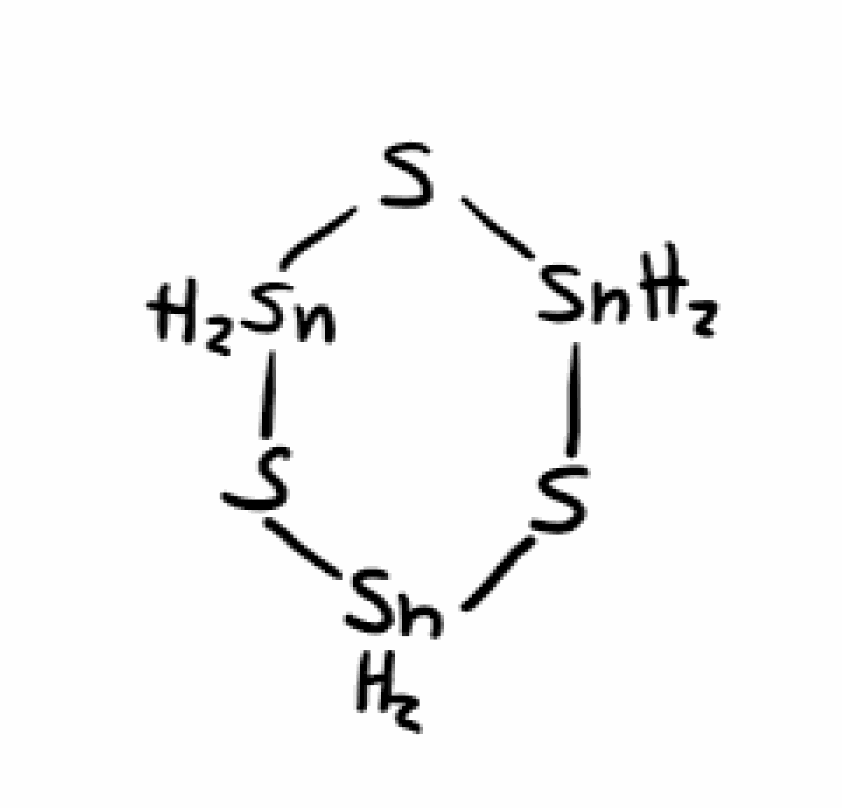
Simplified molecular-input line-entry system (SMILES) notation of the given molecule:
S1[SnH2]S[SnH2]S[SnH2]1